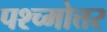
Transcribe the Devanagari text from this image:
पश्च्मोत्तर